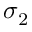
\sigma _ { 2 }